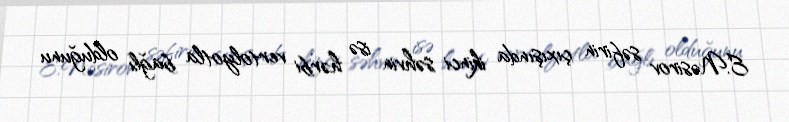
E.Nəsirov səfirin çıxışında ikinci səhvin isə hərbi vertolyotla bağlı olduğunu